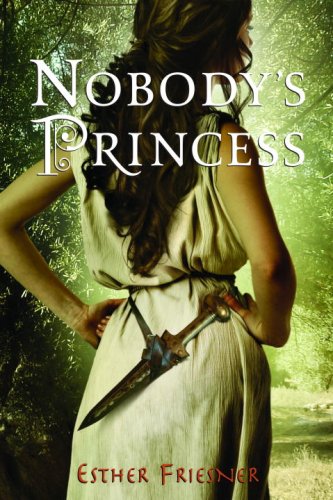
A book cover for Nobody's Princess (Princesses of Myth); Esther Friesner; Teen & Young Adult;